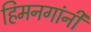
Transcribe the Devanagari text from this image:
हिमनगांनी